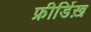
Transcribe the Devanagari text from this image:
फ्रीर्डिख़